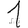
Digit: 1